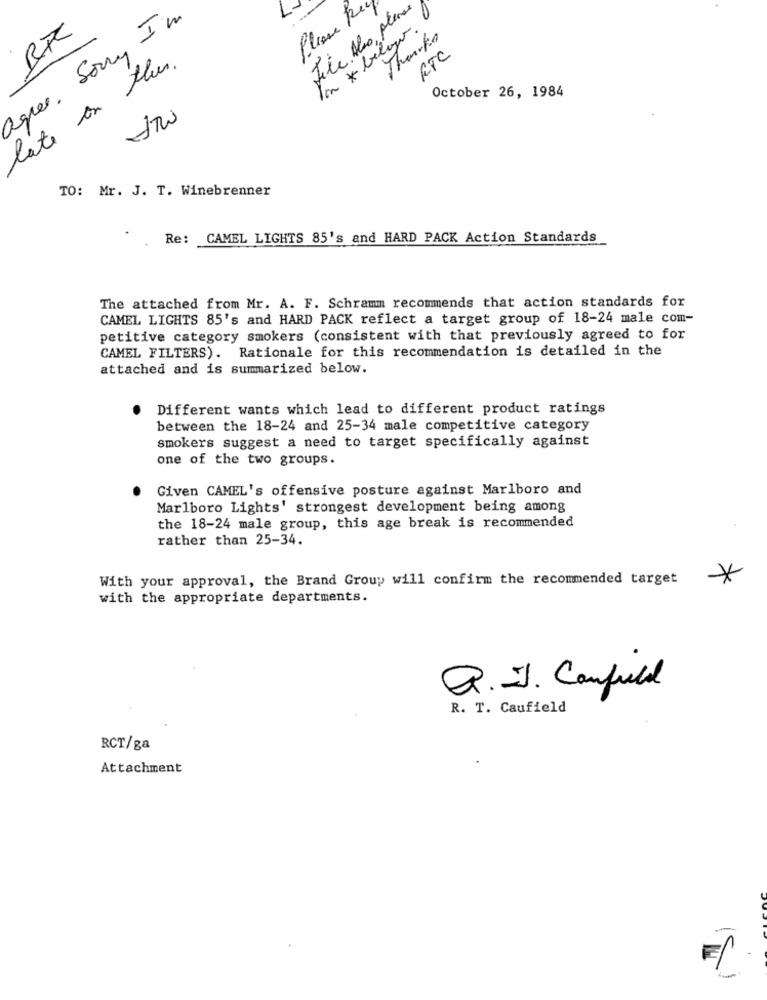
L-
Plisse Re
File. Also, plans
agree. Sorry I'm
Ton * beligo.
Thanks
ETC
late on this.
October 26, 1984
TO: Mr. J. T. Winebrenner
Re: CAMEL LIGHTS 85's and HARD PACK Action Standards
The attached from Mr. A. F. Schramm recommends that action standards for
CAMEL LIGHTS 85's and HARD PACK reflect a target group of 18-24 male com-
petitive category smokers (consistent with that previously agreed to for
CAMEL FILTERS). Rationale for this recommendation is detailed in the
attached and is summarized below.
Different wants which lead to different product ratings
between the 18-24 and 25-34 male competitive category
smokers suggest a need to target specifically against
one of the two groups.
Given CAMEL's offensive posture against Marlboro and
Marlboro Lights' strongest development being among
the 18-24 male group, this age break is recommended
rather than 25-34.
With your approval, the Brand Group will confirm the recommended target
*
with the appropriate departments.
Q. I. Confuld
R. T. Caufield
RCT/ga
Attachment
F